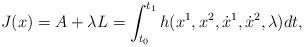
LaTeX: \begin{align*} J(x)=A+\lambda L=\int_{t_0}^{t_1}h(x^1,x^2, \dot{x}^1,\dot{x}^2,\lambda)dt, \end{align*}